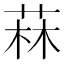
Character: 菻